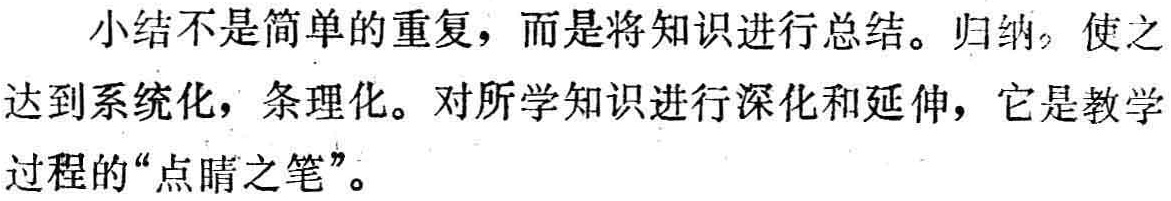
小结不是简单的重复，而是将知识进行总结。归纳，使之达到系统化，条理化。对所学知识进行深化和延伸，它是教学过程的“点睛之笔”。